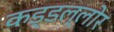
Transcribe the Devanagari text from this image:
कड्डल्लोर